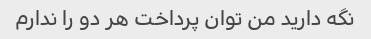
نگه دارید من توان پرداخت هر دو را ندارم